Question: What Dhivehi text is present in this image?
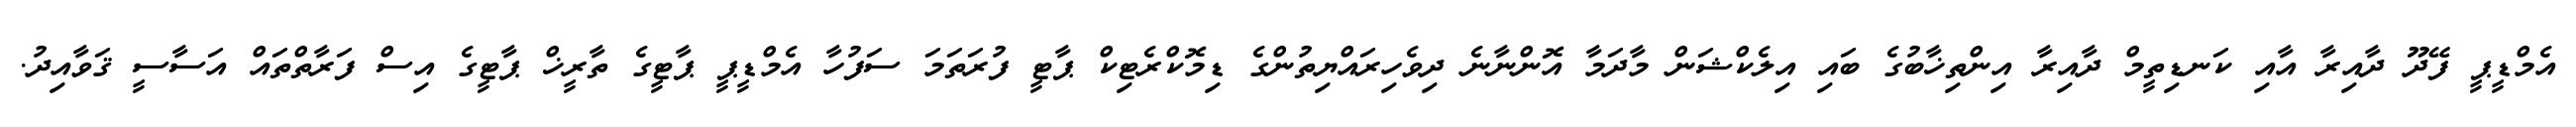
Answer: އެމްޑީޕީ ފޭދޫ ދާއިރާ އާއި ކަނޑިތީމް ދާއިރާ އިންތިޚާބުގެ ބައި އިލެކްޝަން މާދަމާ އޮންނާނެ ދިވެހިރައްޔިތުންގެ ޑިމޮކްރެޓިކް ޕާޓީ ފުރަތަމަ ސަފުހާ އެމްޑީޕީ ޕާޓީގެ ތާރީޚް ޕާޓީގެ އިސް ފަރާތްތައް އަސާސީ ޤަވާއިދު.